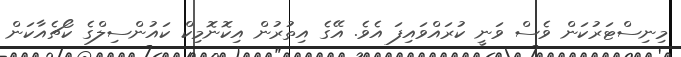
މިނިސްޓަރުކަން ވެސް ވަނީ ކުރައްވައިފަ އެވެ. އޭގެ އިތުރުން އިކޮނޮމިކް ކައުންސިލްގެ ކޯޗެއާކަން